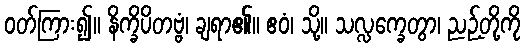
ဝတ်ကြား၍။ နိက္ခိပိတဗ္ဗံ၊ ချရာ၏။ ဧဝံ၊ သို့။ သလ္လက္ခေတွာ၊ ညဉ့်တို့ကို